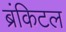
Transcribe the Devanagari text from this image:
ब्रंकिटल